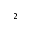
^ { 2 }